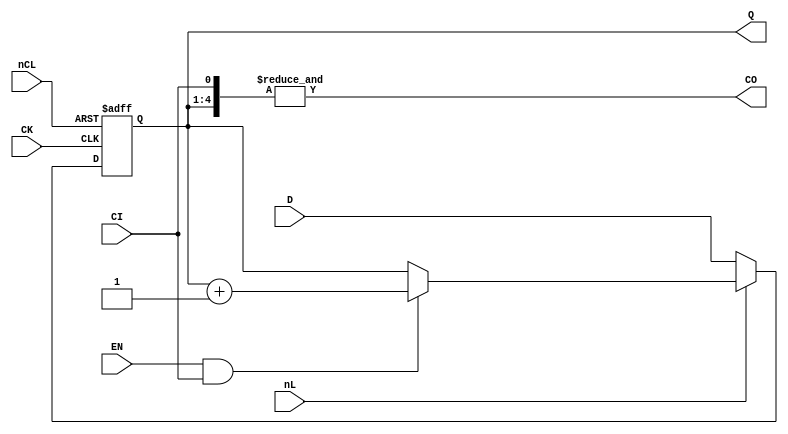
// Fujitsu AV cell
// 4-bit Binary Synchronous Up Counter
// furrtek 2022

`timescale 1ns/100ps

module C43(
	input CK,
	input [3:0] D,
	input nL, EN, CI, nCL,
	output reg [3:0] Q = 4'd0,
	output CO
);

wire CL = ~nCL;

always @(posedge CK or posedge CL) begin
	if (CL) begin
		Q <= 4'd0;			// Clear tmax = 9.7ns
	end else begin
		if (!nL)
			Q <= D;			// Load
		else if (EN & CI)
			Q <= Q + 1'b1;	// Count tmax = 13.4ns
		else
			Q <= Q;
	end
end

assign CO = &{Q[3:0], CI};

endmodule